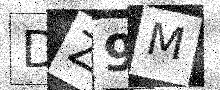
Text: DZ9M